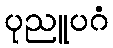
ပုညူပဂံ